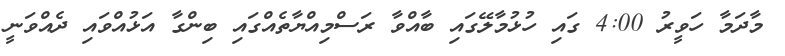
މާދަމާ ހަވީރު 4:00 ގައި ހުޅުމާލޭގައި ބާއްވާ ރަސްމިއްޔާތެއްގައި ބިންގާ އަޅުއްވައި ދެއްވަނީ